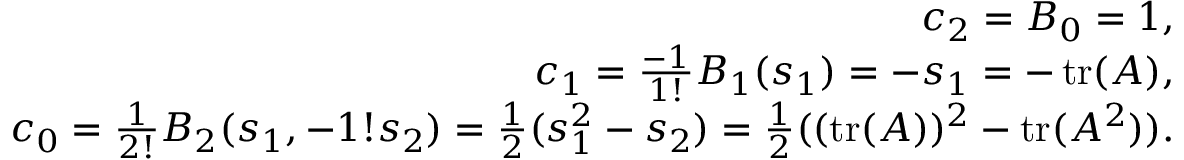
{ \begin{array} { r } { c _ { 2 } = B _ { 0 } = 1 , } \\ { c _ { 1 } = { \frac { - 1 } { 1 ! } } B _ { 1 } ( s _ { 1 } ) = - s _ { 1 } = - \operatorname { t r } ( A ) , } \\ { c _ { 0 } = { \frac { 1 } { 2 ! } } B _ { 2 } ( s _ { 1 } , - 1 ! s _ { 2 } ) = { \frac { 1 } { 2 } } ( s _ { 1 } ^ { 2 } - s _ { 2 } ) = { \frac { 1 } { 2 } } ( ( \operatorname { t r } ( A ) ) ^ { 2 } - \operatorname { t r } ( A ^ { 2 } ) ) . } \end{array} }